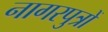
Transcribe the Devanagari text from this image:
नागरपुत्रों